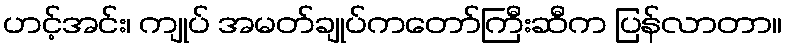
ဟင့်အင်း၊ ကျုပ် အမတ်ချုပ်ကတော်ကြီးဆီက ပြန်လာတာ။